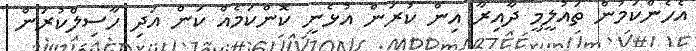
އެހެންކަމުން ތައުލީމީ ދާއިރާ އިން ކުރަން އުޅެނީ ކޮންކަމެއް ކަން އަދި ހާސިލްކުރަން